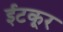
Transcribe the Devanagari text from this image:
ईटकूर